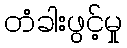
တံခါးဖွင့်မှု